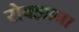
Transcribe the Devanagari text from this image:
रोक्झाना